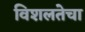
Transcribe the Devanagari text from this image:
विशलतेचा